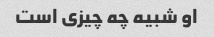
او شبیه چه چیزی است